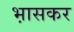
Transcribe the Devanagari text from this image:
भ़ासकर